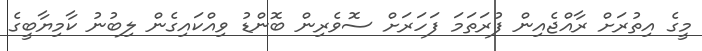
މީގެ އިތުރަށް ރާއްޖެއިން ފުރަތަމަ ފަހަރަށް ސޮވެރިން ބޮންޑު ވިއްކައިގެން ލިބުނު ކާމިޔާބީގެ